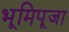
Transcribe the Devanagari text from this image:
भूमिपूजा